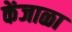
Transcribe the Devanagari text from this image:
केंजाळा